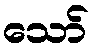
သော်